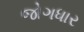
જોગધાર